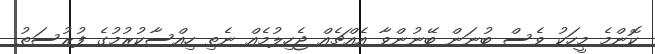
ކޮންމެ މީހަކު ވެސް ބުނަން ބޭނުންވާ އެއްޗެއް ޖެހިލުމެއް ނެތި ހިއްސާކުރުމުގެ ފުރުސަތު